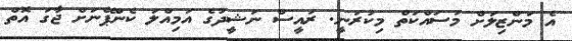
އެ މަންޒިލަށް މަސައްކަތް މިކުރަނީ. ރައީސް ނަޝީދުގެ އަމިއްލަ ކެންޕޭނަށް ޖާގަ އޮތް